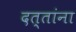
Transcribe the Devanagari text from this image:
दत्तांना